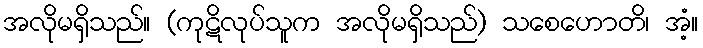
အလိုမရှိသည်။ (ကုဋိလုပ်သူက အလိုမရှိသည်) သစေဟောတိ၊ အံ့။